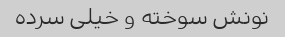
نونش سوخته و خیلی سرده